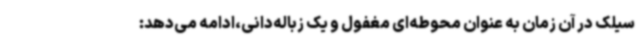
سیلک در آن زمان به عنوان محوطه‌ای مغفول و یک زباله‌دانی،ادامه می‌دهد: